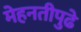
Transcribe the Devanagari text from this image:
मेहनतीपुढे